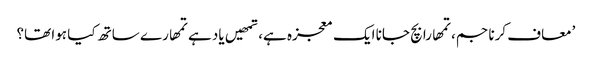
’معاف کرنا جم، تمھارا بچ جانا ایک معجزہ ہے، تمھیں یاد ہے تمھارے ساتھ کیا ہوا تھا؟